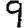
Digit: 9